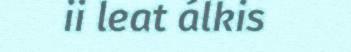
ii leat álkis